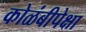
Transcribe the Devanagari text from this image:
कोळंबीपेक्षा